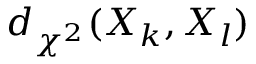
d _ { \chi ^ { 2 } } ( X _ { k } , X _ { l } )